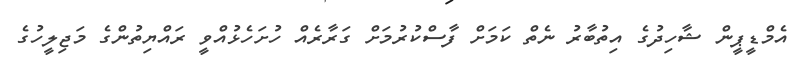
އެމްޑީޕީން ޝާހިދުގެ އިތުބާރު ނެތް ކަމަށް ފާސްކުރުމަށް ގަރާރެއް ހުށަހެޅުއްވީ ރައްޔިތުންގެ މަޖިލީހުގެ